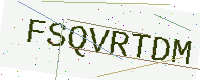
Text: FSQVRTDM